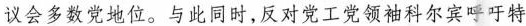
议会多数党地位。与此同时，反对党工党领袖科尔宾呼吁特